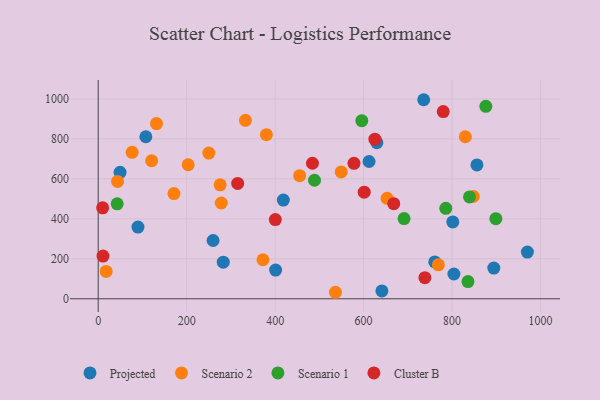
{"axis": {"x": "Distance", "y": "Fuel Efficiency"}, "legend": ["Cluster B", "Projected", "Scenario 1", "Scenario 2"], "data": [{"x": "629.9", "y": 780.8, "type": "Projected"}, {"x": "282.7", "y": 183.1, "type": "Projected"}, {"x": "970.2", "y": 233.6, "type": "Projected"}, {"x": "49.4", "y": 632.8, "type": "Projected"}, {"x": "418.5", "y": 493.8, "type": "Projected"}, {"x": "801.6", "y": 384.7, "type": "Projected"}, {"x": "259.7", "y": 291.7, "type": "Projected"}, {"x": "804.1", "y": 124.0, "type": "Projected"}, {"x": "856.2", "y": 669.4, "type": "Projected"}, {"x": "735.8", "y": 995.8, "type": "Projected"}, {"x": "760.8", "y": 184.6, "type": "Projected"}, {"x": "894.3", "y": 153.5, "type": "Projected"}, {"x": "107.7", "y": 810.6, "type": "Projected"}, {"x": "612.3", "y": 686.9, "type": "Projected"}, {"x": "89.9", "y": 359.0, "type": "Projected"}, {"x": "401.1", "y": 143.8, "type": "Projected"}, {"x": "641.3", "y": 39.5, "type": "Projected"}, {"x": "372.4", "y": 195.4, "type": "Scenario 2"}, {"x": "549.3", "y": 634.7, "type": "Scenario 2"}, {"x": "131.8", "y": 876.5, "type": "Scenario 2"}, {"x": "278.2", "y": 479.3, "type": "Scenario 2"}, {"x": "120.8", "y": 690.6, "type": "Scenario 2"}, {"x": "847.9", "y": 511.9, "type": "Scenario 2"}, {"x": "332.8", "y": 892.7, "type": "Scenario 2"}, {"x": "653.0", "y": 502.6, "type": "Scenario 2"}, {"x": "829.9", "y": 810.7, "type": "Scenario 2"}, {"x": "171.2", "y": 526.4, "type": "Scenario 2"}, {"x": "43.7", "y": 587.1, "type": "Scenario 2"}, {"x": "455.4", "y": 616.1, "type": "Scenario 2"}, {"x": "250.1", "y": 728.7, "type": "Scenario 2"}, {"x": "76.7", "y": 732.6, "type": "Scenario 2"}, {"x": "536.3", "y": 32.6, "type": "Scenario 2"}, {"x": "203.4", "y": 670.5, "type": "Scenario 2"}, {"x": "18.0", "y": 137.1, "type": "Scenario 2"}, {"x": "380.2", "y": 821.0, "type": "Scenario 2"}, {"x": "275.6", "y": 570.3, "type": "Scenario 2"}, {"x": "769.0", "y": 170.0, "type": "Scenario 2"}, {"x": "595.9", "y": 891.0, "type": "Scenario 1"}, {"x": "835.9", "y": 86.1, "type": "Scenario 1"}, {"x": "489.0", "y": 592.9, "type": "Scenario 1"}, {"x": "691.4", "y": 401.5, "type": "Scenario 1"}, {"x": "839.4", "y": 509.8, "type": "Scenario 1"}, {"x": "898.9", "y": 400.9, "type": "Scenario 1"}, {"x": "785.8", "y": 452.5, "type": "Scenario 1"}, {"x": "876.3", "y": 962.8, "type": "Scenario 1"}, {"x": "42.9", "y": 475.2, "type": "Scenario 1"}, {"x": "484.3", "y": 678.1, "type": "Cluster B"}, {"x": "315.3", "y": 577.2, "type": "Cluster B"}, {"x": "738.5", "y": 105.8, "type": "Cluster B"}, {"x": "400.4", "y": 396.3, "type": "Cluster B"}, {"x": "601.3", "y": 533.4, "type": "Cluster B"}, {"x": "10.9", "y": 213.9, "type": "Cluster B"}, {"x": "578.2", "y": 677.8, "type": "Cluster B"}, {"x": "625.5", "y": 798.5, "type": "Cluster B"}, {"x": "10.0", "y": 455.0, "type": "Cluster B"}, {"x": "780.0", "y": 936.4, "type": "Cluster B"}, {"x": "668.1", "y": 475.7, "type": "Cluster B"}]}